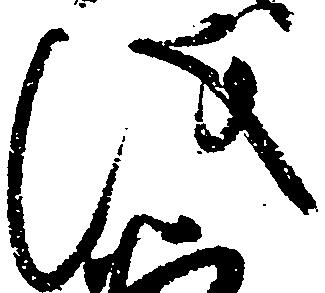
儀